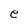
Character: e